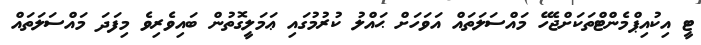
ޓީ އިކުއިޕްމެންޓްތަކަށްޖެހޭ މައްސަލަތައް އަވަހަށް ޙައްލު ކުރުމުގައި ޢަމަލީގޮތުން ބައިވެރިވެ މިފަދަ މައްސަލަތައް